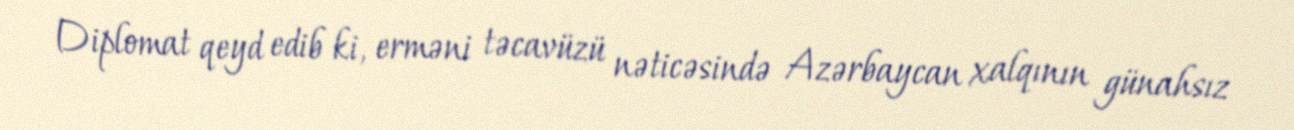
Diplomat qeyd edib ki, erməni təcavüzü nəticəsində Azərbaycan xalqının günahsız